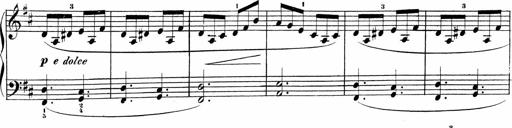
Title: Sonatinas
Composer: Andrew Violette